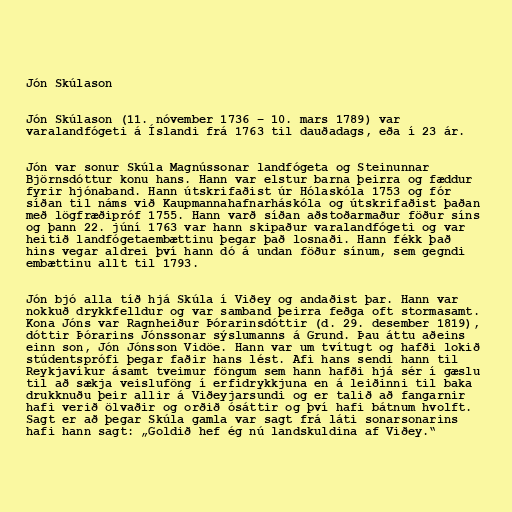
Jón Skúlason

Jón Skúlason (11. nóvember 1736 – 10. mars 1789) var
varalandfógeti á Íslandi frá 1763 til dauðadags, eða í 23 ár.

Jón var sonur Skúla Magnússonar landfógeta og Steinunnar
Björnsdóttur konu hans. Hann var elstur barna þeirra og fæddur
fyrir hjónaband. Hann útskrifaðist úr Hólaskóla 1753 og fór
síðan til náms við Kaupmannahafnarháskóla og útskrifaðist þaðan
með lögfræðipróf 1755. Hann varð síðan aðstoðarmaður föður síns
og þann 22. júní 1763 var hann skipaður varalandfógeti og var
heitið landfógetaembættinu þegar það losnaði. Hann fékk það
hins vegar aldrei því hann dó á undan föður sínum, sem gegndi
embættinu allt til 1793.

Jón bjó alla tíð hjá Skúla í Viðey og andaðist þar. Hann var
nokkuð drykkfelldur og var samband þeirra feðga oft stormasamt.
Kona Jóns var Ragnheiður Þórarinsdóttir (d. 29. desember 1819),
dóttir Þórarins Jónssonar sýslumanns á Grund. Þau áttu aðeins
einn son, Jón Jónsson Vidöe. Hann var um tvítugt og hafði lokið
stúdentsprófi þegar faðir hans lést. Afi hans sendi hann til
Reykjavíkur ásamt tveimur föngum sem hann hafði hjá sér í gæslu
til að sækja veisluföng í erfidrykkjuna en á leiðinni til baka
drukknuðu þeir allir á Viðeyjarsundi og er talið að fangarnir
hafi verið ölvaðir og orðið ósáttir og því hafi bátnum hvolft.
Sagt er að þegar Skúla gamla var sagt frá láti sonarsonarins
hafi hann sagt: „Goldið hef ég nú landskuldina af Viðey.“